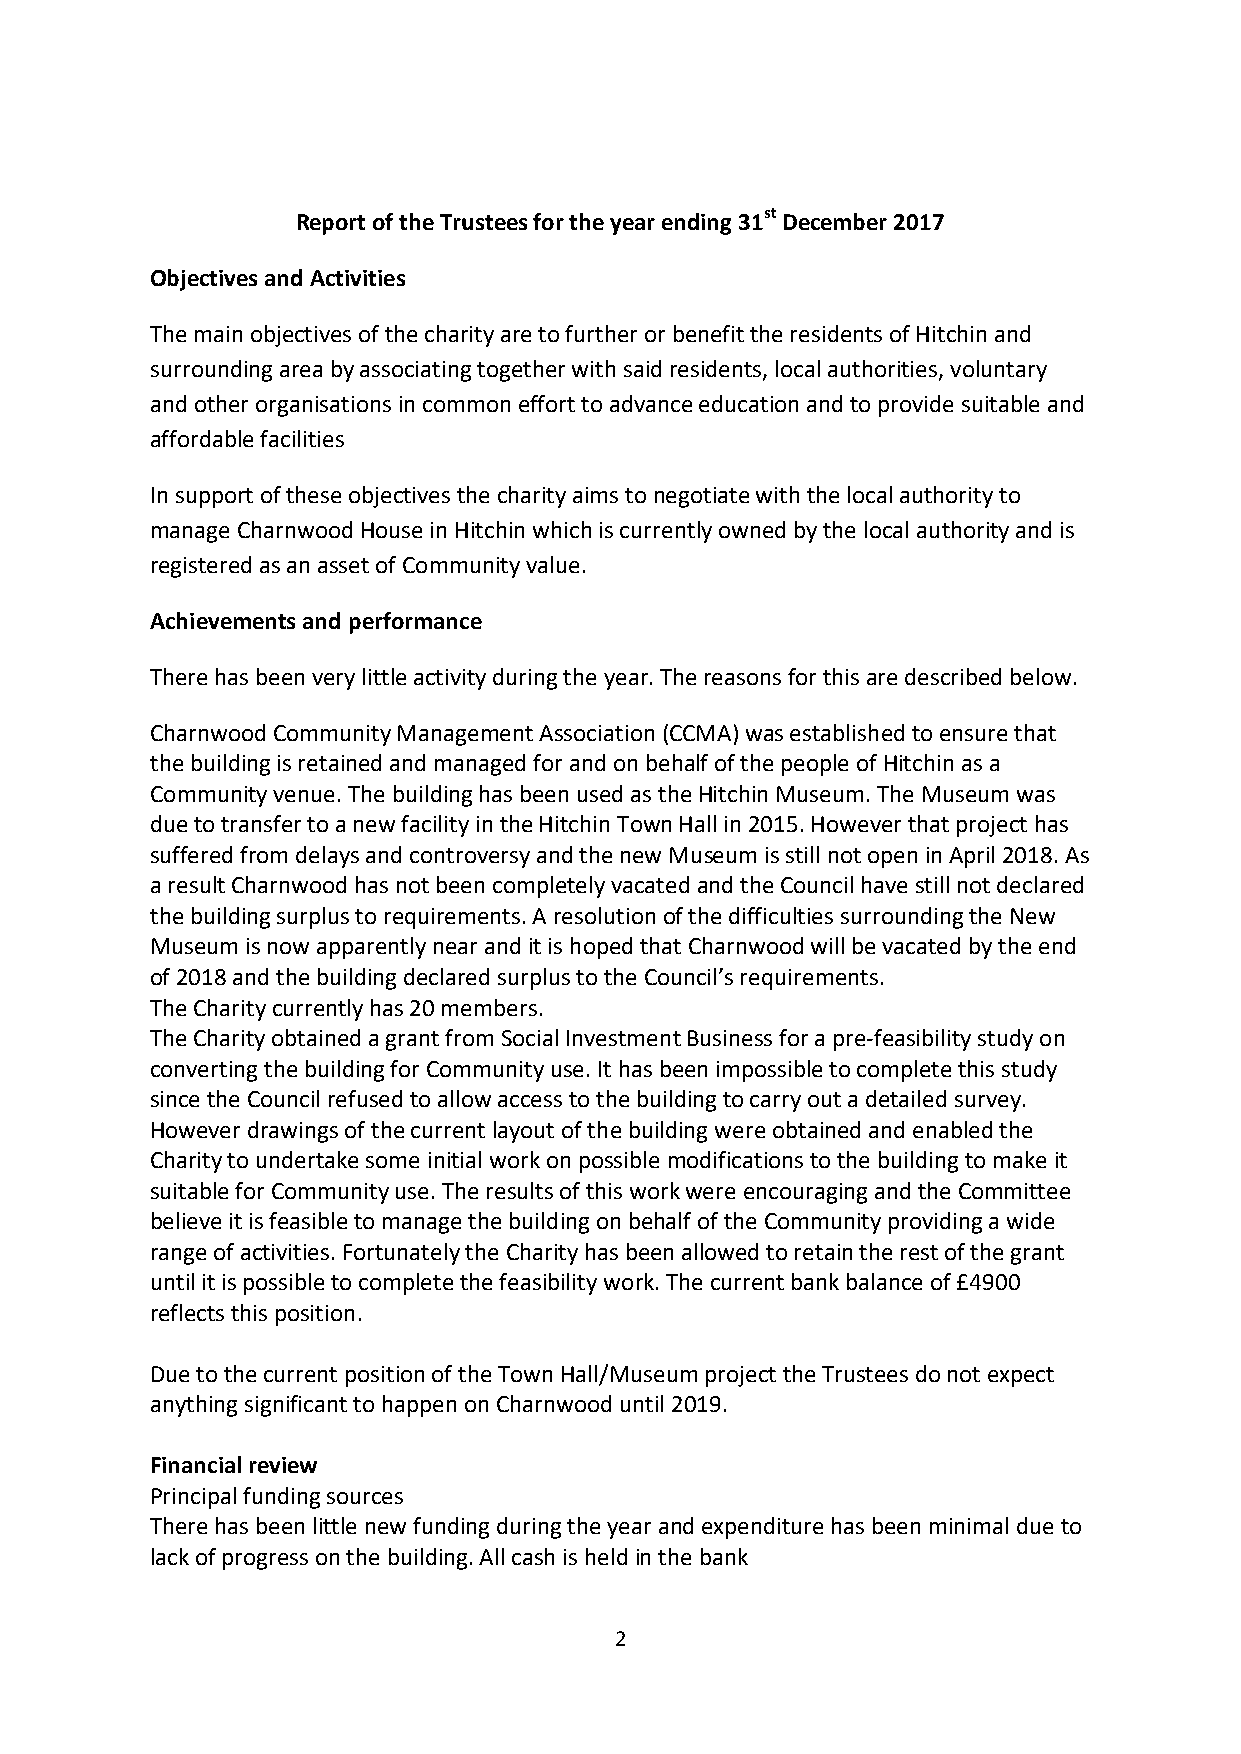
Report of the Trustees for the year ending 31st December 2017
 Objectives and Activities
 The main objectives of the charity are to further or benefit the residents of Hitchin and
 surrounding area by associating together with said residents, local authorities, voluntary
 and other organisations in common effort to advance education and to provide suitable and
 affordable facilities
 In support of these objectives the charity aims to negotiate with the local authority to
 manage Charnwood House in Hitchin which is currently owned by the local authority and is
 registered as an asset of Community value.
 Achievements and performance
 There has been very little activity during the year. The reasons for this are described below.
 Charnwood Community Management Association (CCMA) was established to ensure that
 the building is retained and managed for and on behalf of the people of Hitchin as a
 Community venue. The building has been used as the Hitchin Museum. The Museum was
 due to transfer to a new facility in the Hitchin Town Hall in 2015. However that project has
 suffered from delays and controversy and the new Museum is still not open in April 2018. As
 a result Charnwood has not been completely vacated and the Council have still not declared
 the building surplus to requirements. A resolution of the difficulties surrounding the New
 Museum is now apparently near and it is hoped that Charnwood will be vacated by the end
 of 2018 and the building declared surplus to the Council’s requirements.
 The Charity currently has 20 members.
 The Charity obtained a grant from Social Investment Business for a pre-feasibility study on
 converting the building for Community use. It has been impossible to complete this study
 since the Council refused to allow access to the building to carry out a detailed survey.
 However drawings of the current layout of the building were obtained and enabled the
 Charity to undertake some initial work on possible modifications to the building to make it
 suitable for Community use. The results of this work were encouraging and the Committee
 believe it is feasible to manage the building on behalf of the Community providing a wide
 range of activities. Fortunately the Charity has been allowed to retain the rest of the grant
 until it is possible to complete the feasibility work. The current bank balance of £4900
 reflects this position.
 Due to the current position of the Town Hall/Museum project the Trustees do not expect
 anything significant to happen on Charnwood until 2019.
 Financial review
 Principal funding sources
 There has been little new funding during the year and expenditure has been minimal due to
 lack of progress on the building. All cash is held in the bank
 2